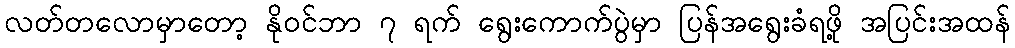
လတ်တလောမှာတော့ နိုဝင်ဘာ ၇ ရက် ရွေးကောက်ပွဲမှာ ပြန်အရွေးခံရဖို့ အပြင်းအထန်